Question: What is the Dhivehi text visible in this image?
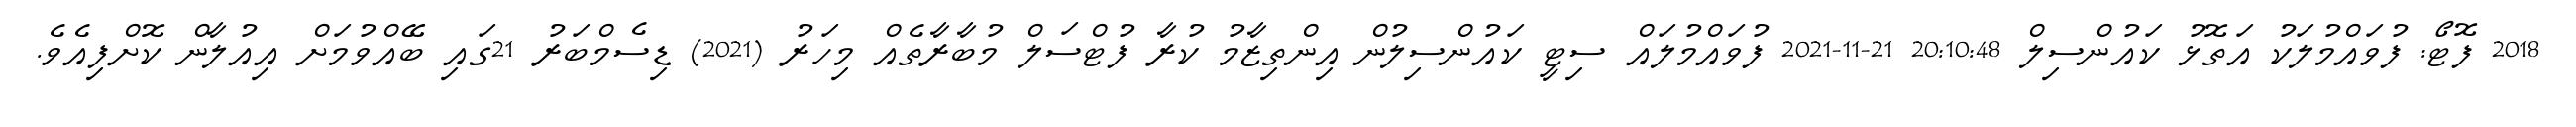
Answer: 2018 ފޮޓޯ: ފުވައްމުލަކު އަތޮޅު ކައުންސިލް 20:10:48 21-11-2021 ފުވައްމުލައް ސިޓީ ކައުންސިލުން އިންތިޒާމު ކުރާ ފުޓްސަލް މުބާރާތެއް މިހަރު (2021) ޑިސެމްބަރު 21ގައި ބޭއްވުމަށް އިއުލާން ކޮށްފިއެވެ.